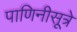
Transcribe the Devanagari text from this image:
पाणिनीसूत्रे